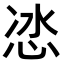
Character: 𭜯